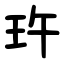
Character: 玝